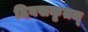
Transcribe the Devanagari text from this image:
दिवसकृतम्‌